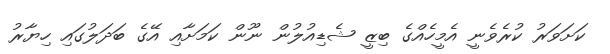
ކަށަވަރު ކުރެވެނީ އެމީހެއްގެ ބިޒީ ޝެޑިއުލުން ނޫން ކަމަށާއި އޭގެ ބަދަލުގައި ހިޔާރު